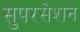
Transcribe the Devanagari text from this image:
सुपरसेशन